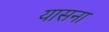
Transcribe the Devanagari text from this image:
यासना